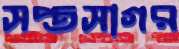
সপ্তসাগর